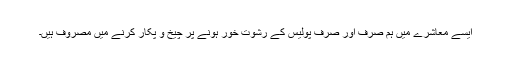
ایسے معاشرے میں ہم صرف اور صرف پولیس کے رشوت خور ہونے پر چیخ و پکار کرنے میں مصروف ہیں۔